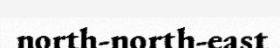
north-north-east